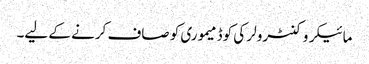
مائیکروکنٹرولر کی کوڈ میموری کو صاف کرنے کے لیے۔